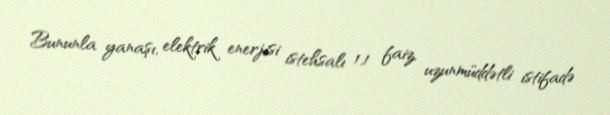
Bununla yanaşı, elektrik enerjisi istehsalı 1,1 faiz, uzunmüddətli istifadə